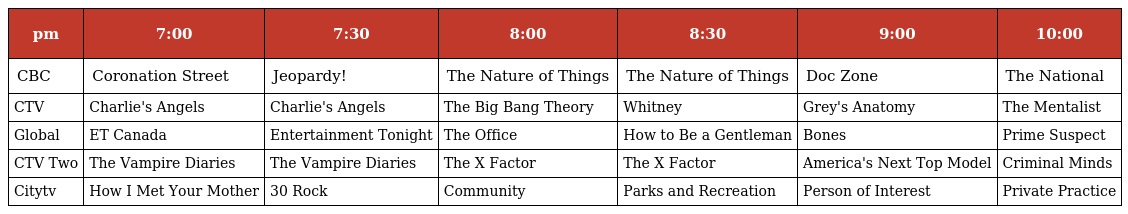
| pm | 7:00 | 7:30 | 8:00 | 8:30 | 9:00 | 10:00 |
 | --- | --- | --- | --- | --- | --- | --- |
 | CBC | Coronation Street | Jeopardy! | The Nature of Things | The Nature of Things | Doc Zone | The National |
 | CTV | Charlie's Angels | Charlie's Angels | The Big Bang Theory | Whitney | Grey's Anatomy | The Mentalist |
 | Global | ET Canada | Entertainment Tonight | The Office | How to Be a Gentleman | Bones | Prime Suspect |
 | CTV Two | The Vampire Diaries | The Vampire Diaries | The X Factor | The X Factor | America's Next Top Model | Criminal Minds |
 | Citytv | How I Met Your Mother | 30 Rock | Community | Parks and Recreation | Person of Interest | Private Practice |